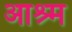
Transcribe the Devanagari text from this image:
आश्र्म